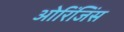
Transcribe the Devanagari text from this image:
ओरिंजिंस